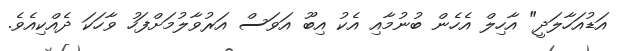
އަޑުއަހާލަދީ" އާހިލް އެހެން ބުނުމާއި އެކު އިބޫ އަވަސް އަރުވާލުމަށްފަހު ވާހަކަ ދެއްކިއެވެ.